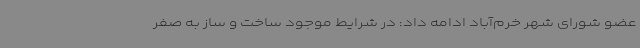
عضو شورای شهر خرم‌آباد ادامه داد: در شرایط موجود ساخت و ساز به صفر